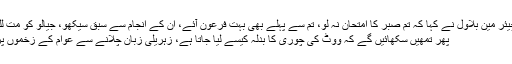
پاکستان پیپلز پارٹی کے چیئر مین بلاول نے کہا کہ تم صبر کا امتحان نہ لو، تم سے پہلے بھی بہت فرعون آئے، ان کے انجام سے سبق سیکھو، جیالو کو مت للکارو ، اگر باز نہ آئے تو
پھر تمھیں سکھائیں گے کہ ووٹ کی چوری کا بدلہ کیسے لیا جاتا ہے، زہریلی زبان چلانے سے عوام کے زخموں پر مرہم نہیں رکھا جاسکتا۔